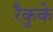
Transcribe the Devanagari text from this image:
रैकुके